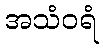
အသံဝရံ